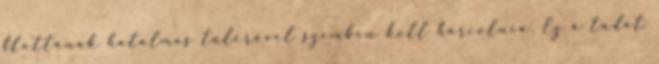
flottának hatalmas túlerővel szemben kell harcolnia. Ez a tudat